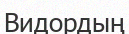
Видордың